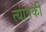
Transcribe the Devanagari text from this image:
त्यांपकी